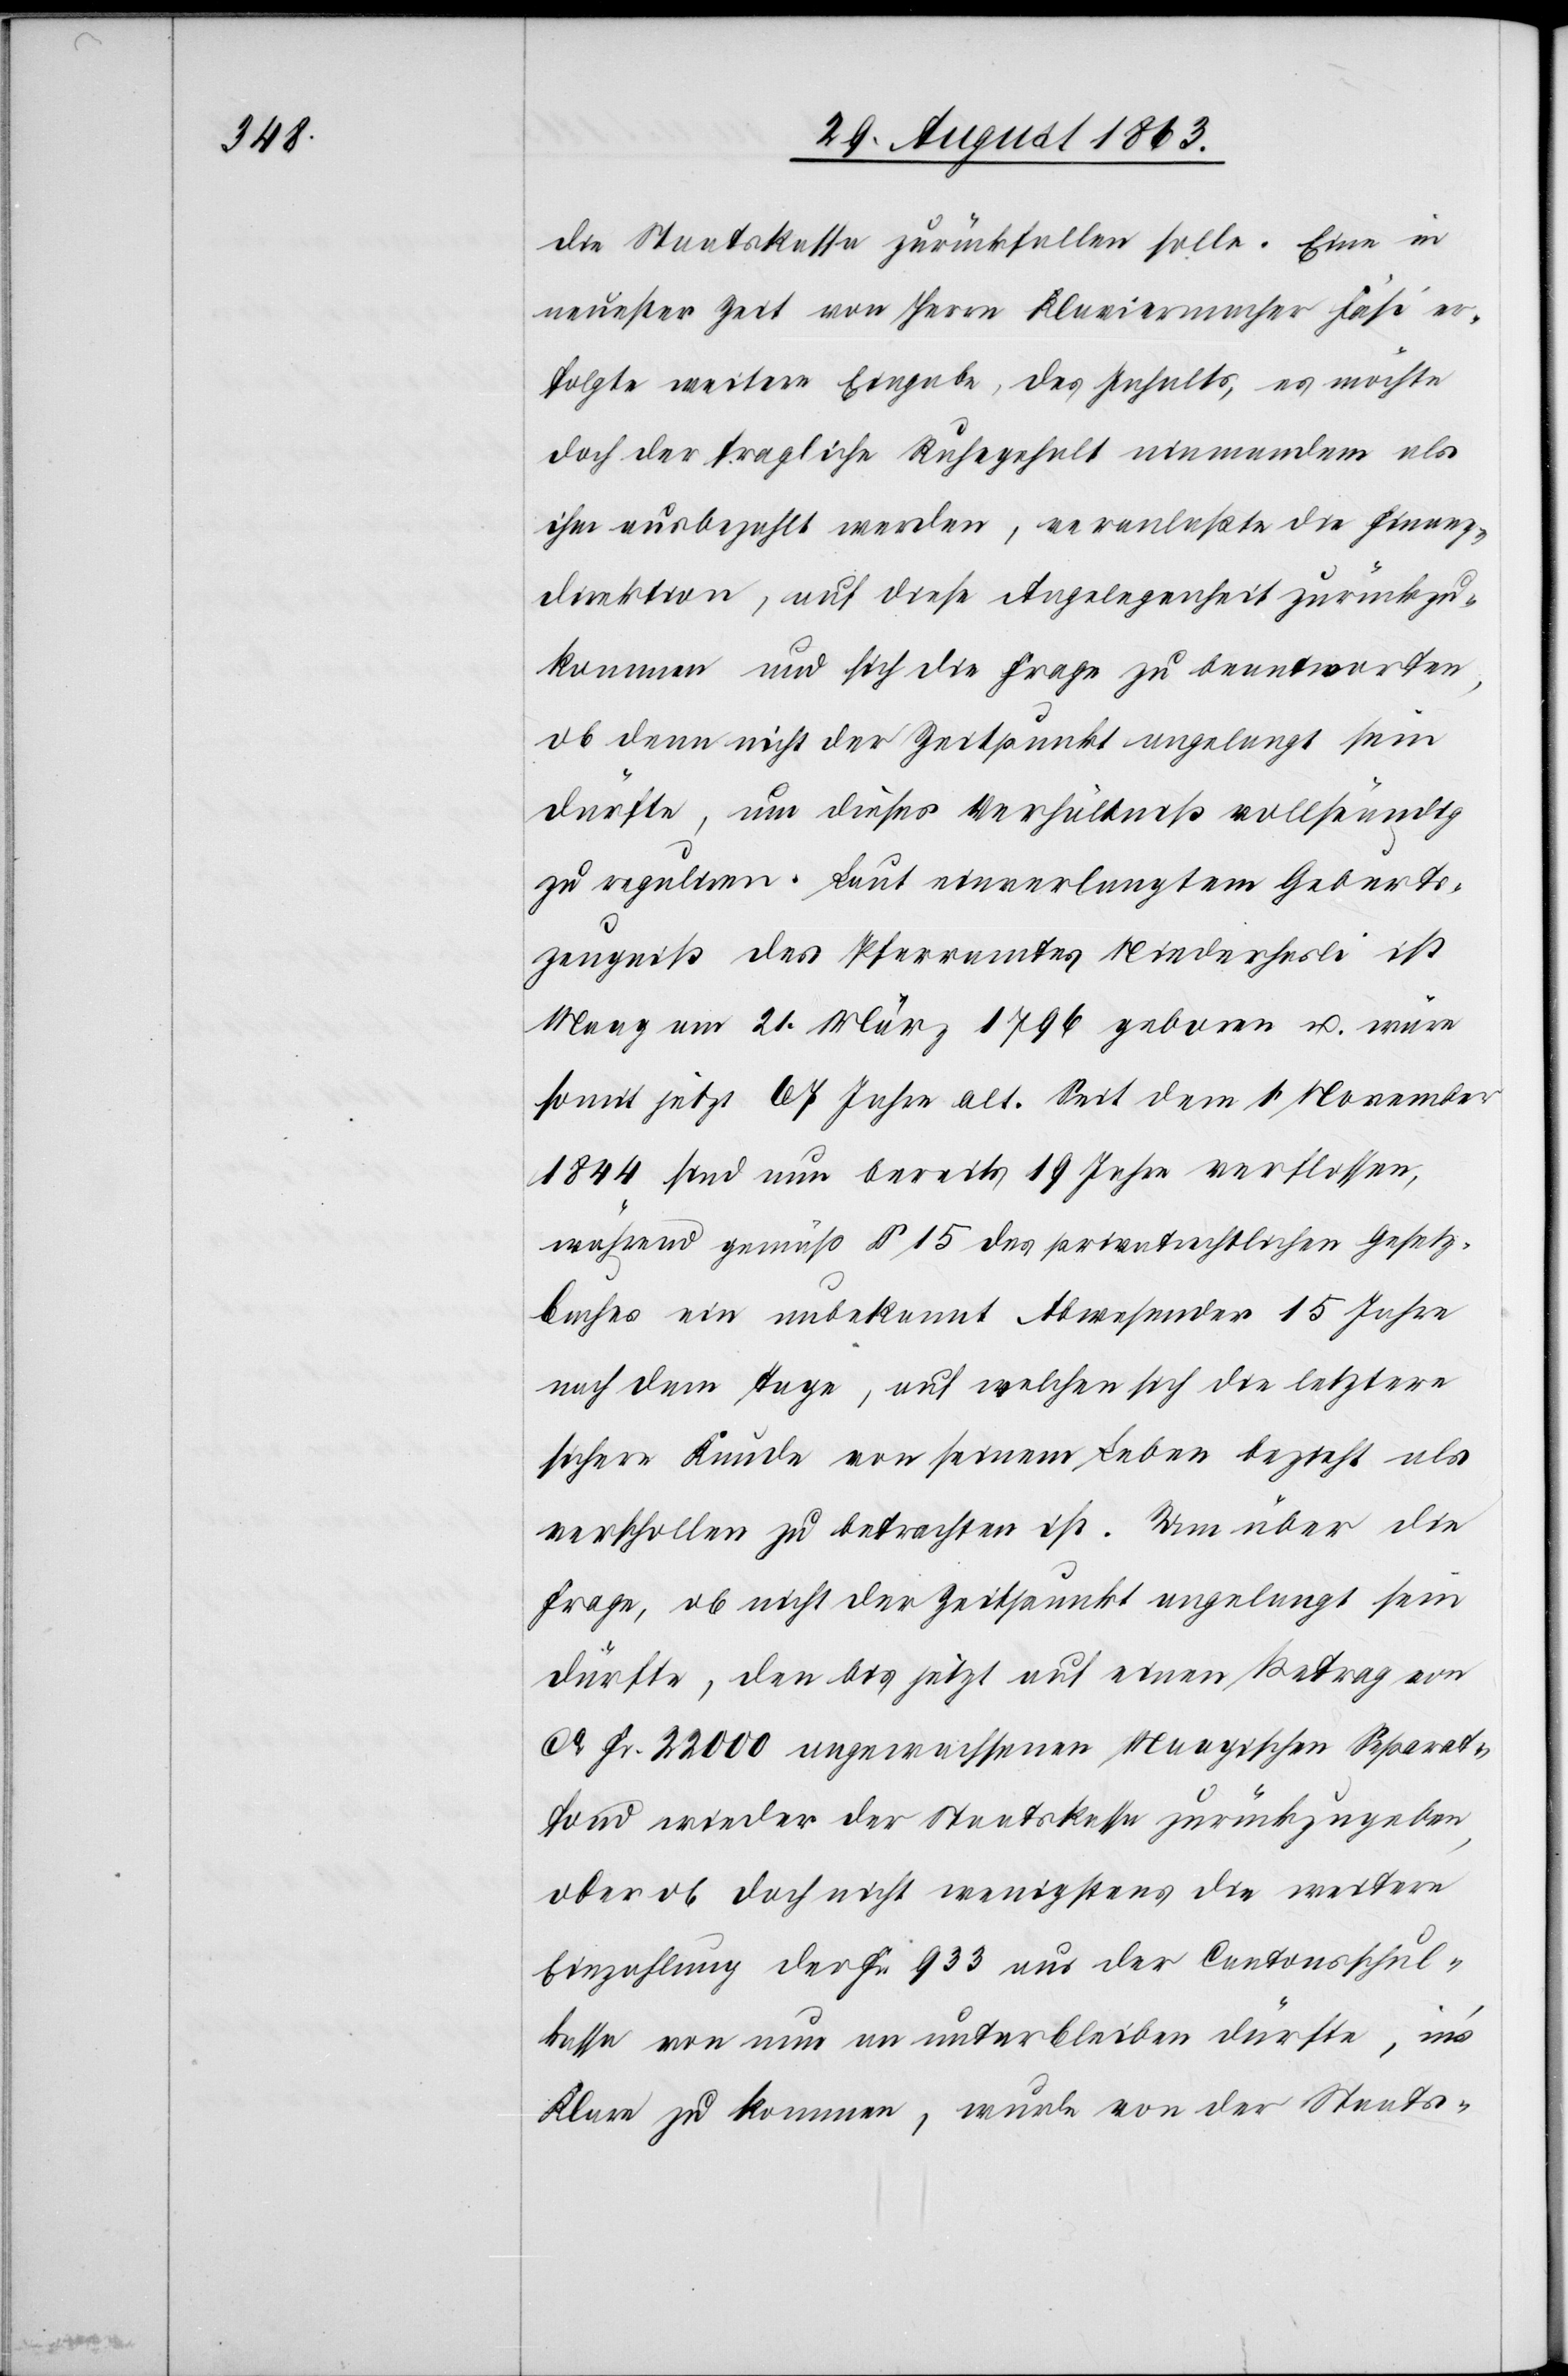
die Staatskassa zurückfallen solle. Eine in
neuester Zeit von Herrn Klaviermacher Fäsi er¬
folgte weitere Eingabe, des Inhalts, es möchte
doch der fragliche Ruhegehalt niemandem als
ihm ausbezahlt werden, veranlaßte die Finanz¬
direktion, auf diese Angelegenheit zurückzu¬
kommen und sich die Frage zu beantworten,
ob denn nicht der Zeitpunkt angelangt sein
dürfte, um dieses Verhältniß vollständig
zu reguliren. Laut einverlangtem Geburts¬
zeugniß des Pfarramtes Niederhasli ist
Maag am 21. März 1796 geboren u. wäre
somit jetzt 67 Jahre alt. Seit dem 1. November
1844 sind nun bereits 19 Jahre verflossen,
während gemäß § 15 des privatrechtlichen Gesetz¬
buches ein unbekannt Abwesender 15 Jahre
nach dem Tage, auf welchen sich die letztere
sichere Kunde von seinem Leben bezieht als
verschollen zu betrachten ist. Um über die
Frage, ob nicht der Zeitpunkt angelangt sein
dürfte, den bis jetzt auf einen Betrag von
ca Fr. 22 000 angewachsenen Maagischen Separat¬
fond wieder der Staatskassa zurückzugeben,
oder ob doch nicht wenigstens die weitere
Einzahlung der Fr. 933 aus der Cantonsschul¬
kassa von nun an unterbleiben dürfte, in's
Klare zu kommen, wurde von der Staats-